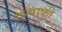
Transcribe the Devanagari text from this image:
कवाफी